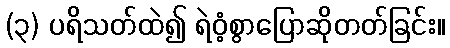
(၃) ပရိသတ်ထဲ၍ ရဲဝံ့စွာပြောဆိုတတ်ခြင်း။